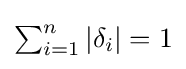
\textstyle \sum _{i=1}^{n}{|\delta _{i}|}=1